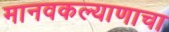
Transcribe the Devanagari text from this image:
मानवकल्याणाचा